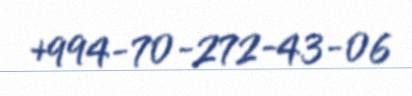
+994-70-272-43-06